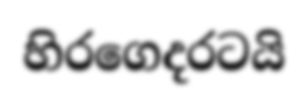
හිරගෙදරටයි